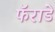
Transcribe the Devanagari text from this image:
फॅराडे